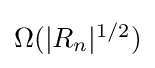
{\textstyle \Omega (|R_{n}|^{1/2})}